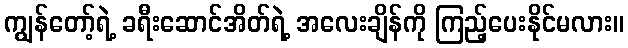
ကျွန်တော့်ရဲ့ ခရီးဆောင်အိတ်ရဲ့ အလေးချိန်ကို ကြည့်ပေးနိုင်မလား။